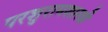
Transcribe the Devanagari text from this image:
परशुरामशास्त्री